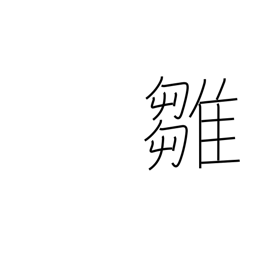
Meaning: chick